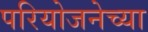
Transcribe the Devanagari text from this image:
परियोजनेच्या